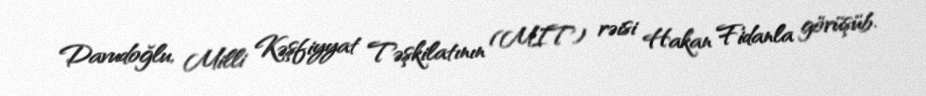
Davudoğlu, Milli Kəşfiyyat Təşkilatının (MIT) rəisi Hakan Fidanla görüşüb.